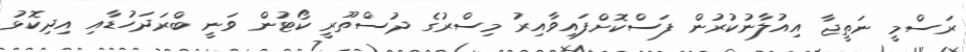
ރަސްމީ ނަތީޖާ އިއުލާނުކުރުން ފަސްކޮށްފައިވާއިރު މިސްރުގެ ދުސްތޫރީ ކޯޓުން ވަނީ ބްރަދަހުޑާއި އިދިކޮޅު